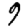
Digit: 9